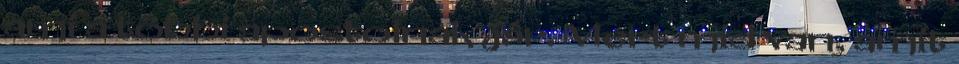
ami a többi apostolnak jár. Mert mid van, amit